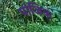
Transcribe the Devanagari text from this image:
पांजिक्